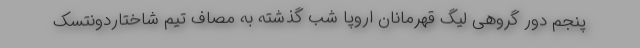
پنجم دور گروهی لیگ قهرمانان اروپا شب گذشته به مصاف تیم شاختاردونتسک